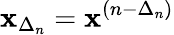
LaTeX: \mathbf{x}_{\Delta_{n}}=\mathbf{x}^{(n-\Delta_{n})}